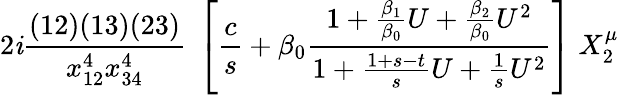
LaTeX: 2\mathit{i}{\frac{{(12)(13)(23)}}{{x_{12}^{4}x_{34}^{4}}}}\; \left[{\frac{{c}}{{s}}}+\beta_{0}{\frac{{1+{\frac{{\beta_{1}}}{{\beta_{0}}}}U+{\frac{{\beta_{2}}}{{\beta_{0}}}}U^{2}}}{{1+{\frac{{1+s-t}}{{s}}}U+{\frac{{1}}{{s}}}U^{2}}}}\right]\; X_{2}^{\mu}